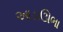
આડાઊભા